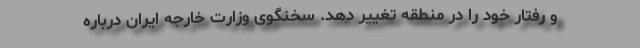
و رفتار خود را در منطقه تغییر دهد. سخنگوی وزارت خارجه ایران درباره